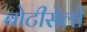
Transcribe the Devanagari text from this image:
बोटीसेली